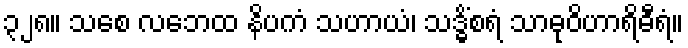
၃၂၈။ သစေ လဘေထ နိပကံ သဟာယံ၊ သဒ္ဓိံစရံ သာဓုဝိဟာရိဓီရံ။